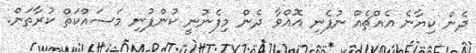
ދެން ކިޔާނެ އެއްޗެއް ނުފެނި އޮއްވާ ދެން މިފެނުނީ ކުންފުނި މަސައްކަތް ކުރާތަން.